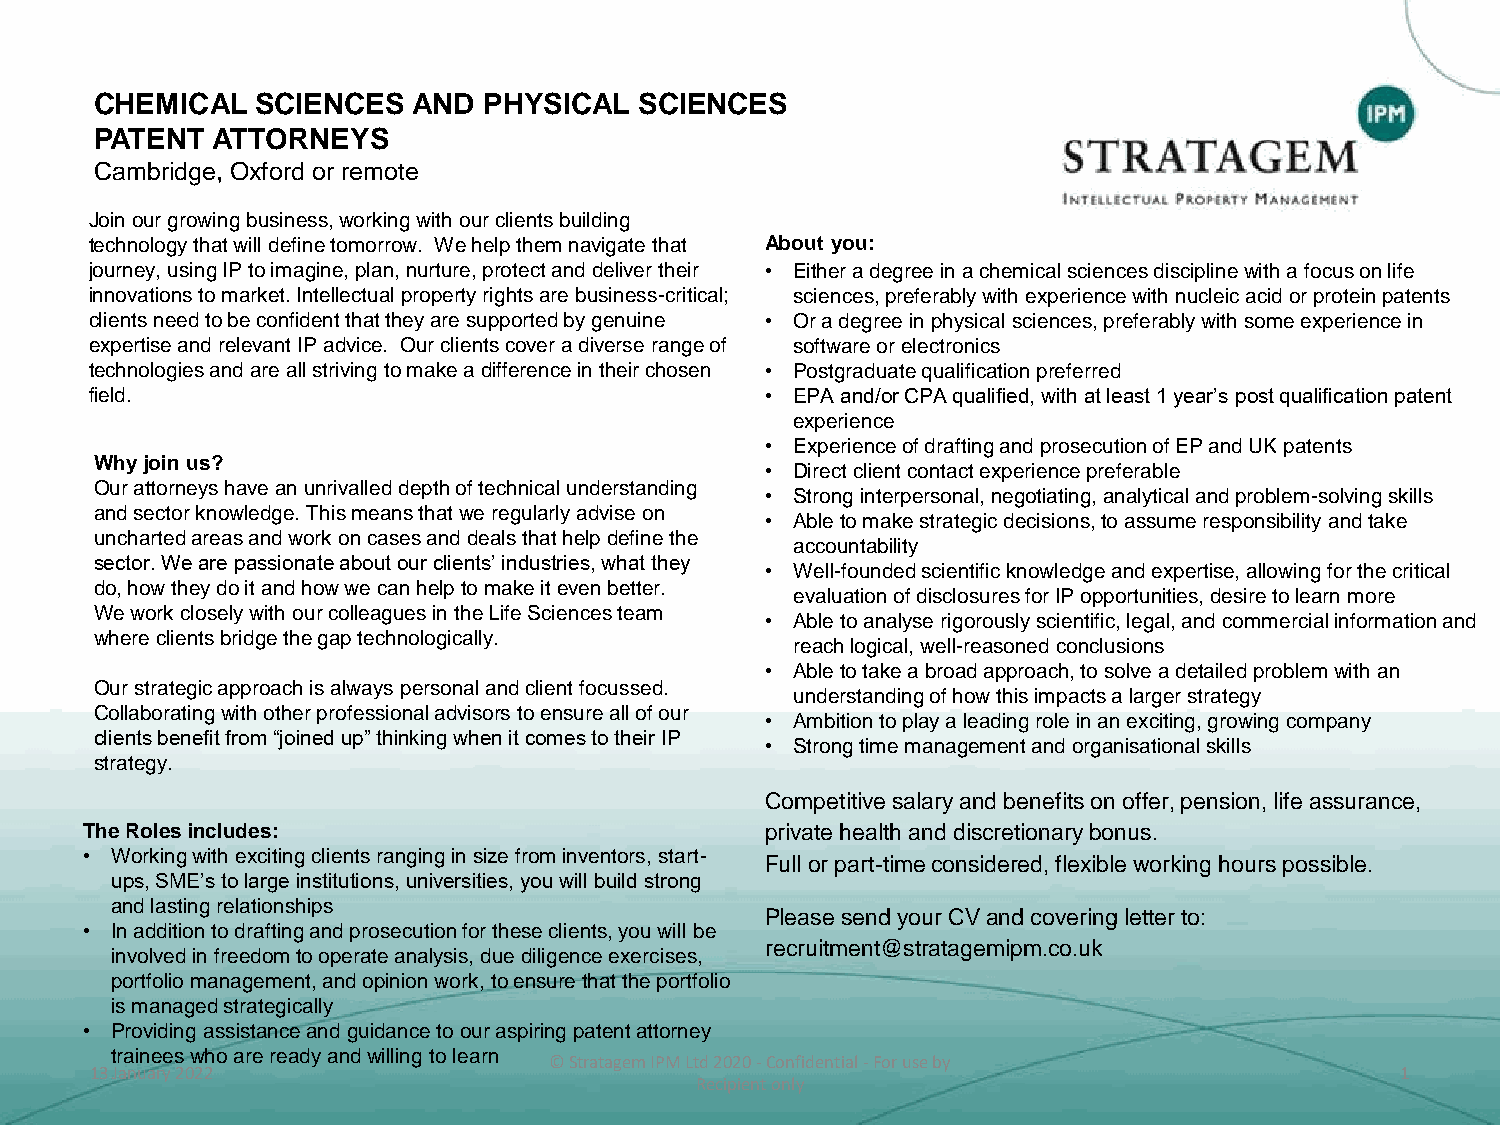
CHEMICAL   SCIENCES  AND  PHYSICAL  SCIENCES
 PATENT  ATTORNEYS
 Cambridge, Oxford or remote
 Join our growing business, working with our clients building
 technology that will define tomorrow. We help them navigate that About you:
 journey, using IP to imagine, plan, nurture, protect and deliver their • Either a degree in a chemical sciences discipline with a focus on life
 innovations to market. Intellectual property rights are business-critical; sciences, preferably with experience with nucleic acid or protein patents
 clients need to be confident that they are supported by genuine • Or a degree in physical sciences, preferably with some experience in
 expertise and relevant IP advice. Our clients cover a diverse range of software or electronics
 technologies and are all striving to make a difference in their chosen • Postgraduate qualification preferred
 field.                                       • EPA and/or CPA qualified, with at least 1 year’s post qualification patent
 experience
 • Experience of drafting and prosecution of EP and UK patents
 Why join us?
 • Direct client contact experience preferable
 Our attorneys have an unrivalled depth of technical understanding
 • Strong interpersonal, negotiating, analytical and problem-solving skills
 and sector knowledge. This means that we regularly advise on
 • Able to make strategic decisions, to assume responsibility and take
 uncharted areas and work on cases and deals that help define the
 accountability
 sector. We are passionate about our clients’ industries, what they
 • Well-founded scientific knowledge and expertise, allowing for the critical
 do, how they do it and how we can help to make it even better.
 evaluation of disclosures for IP opportunities, desire to learn more
 We work closely with our colleagues in the Life Sciences team
 • Able toanalyse rigorously scientific, legal, and commercial information and
 where clients bridge the gap technologically.
 reach logical, well-reasoned conclusions
 • Able to take a broad approach, to solve a detailed problem with an
 Our strategic approach is always personal and client focussed.
 understanding of how this impacts a larger strategy
 Collaborating with other professional advisors to ensure all of our
 • Ambition to play a leading role in an exciting, growing company
 clients benefit from “joined up” thinking when it comes to their IP
 • Strong time management and organisational skills
 strategy.
 Competitive salary and benefits on offer, pension, life assurance,
 The Roles includes:                           private health and discretionary bonus.
 • Working with exciting clients ranging in size from inventors, start-
 Full or part-time considered, flexible working hours possible.
 ups, SME’s to large institutions, universities, you will build strong
 and lasting relationships
 Please send your CV and covering letter to:
 • In addition to drafting and prosecution for these clients, you will be
 recruitment@stratagemipm.co.uk
 involved in freedom to operate analysis, due diligence exercises,
 portfolio management, and opinion work, to ensure that the portfolio
 is managed strategically
 • Providing assistance and guidance to our aspiring patent attorney
 trainees who are ready and willing to learn
 © Stratagem IPM Ltd 2020 -Confidential -For use by
 13 January 2022                                                                        1
 Recipient only